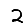
Digit: 2